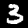
Label: 3